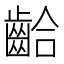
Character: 𪘁